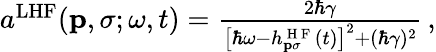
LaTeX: \begin{array}{r}{a^{\mathrm{LHF}}(\textbf{p},\sigma;\omega,t)=\frac{2\hbar\gamma}{\left[\hbar\omega-h_{\mathbf{p}\sigma}^{\mathrm{~H~F~}}(t)\right]^{2}+(\hbar\gamma)^{2}}\, ,}\end{array}